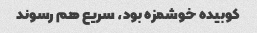
کوبیده خوشمزه بود، سریع هم رسوند